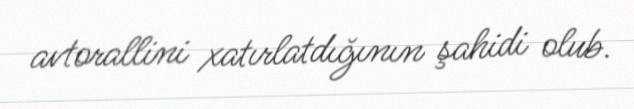
avtorallini xatırlatdığının şahidi olub.